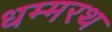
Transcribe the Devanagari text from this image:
धम्मरथ